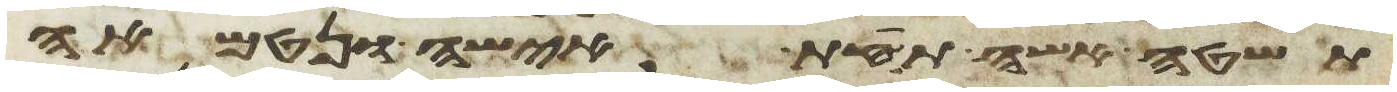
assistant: תשטה אשה תחת אישה ונטמאה